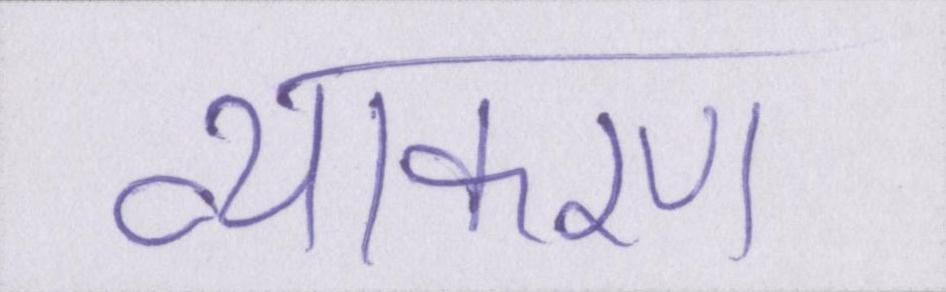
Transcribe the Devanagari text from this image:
व्याकरण